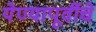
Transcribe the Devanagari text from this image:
येण्यापूर्वीचे